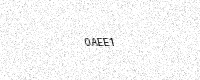
Text: 0AEE1